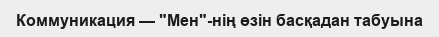
Коммуникация — "Мен"-нің өзін басқадан табуына